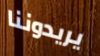
يريدوننا